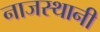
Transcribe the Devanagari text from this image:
नाजस्थानी